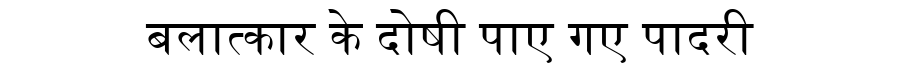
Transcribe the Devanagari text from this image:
बलात्कार के दोषी पाए गए पादरी